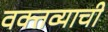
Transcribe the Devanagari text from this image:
वक्तव्याची